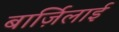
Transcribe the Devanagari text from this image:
बार्ज़िलाई